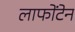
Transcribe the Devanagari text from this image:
लाफोंटेन